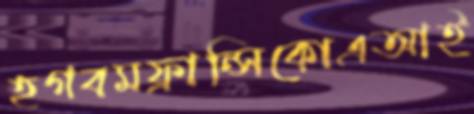
হগবমফ্রান্সিকোএআই